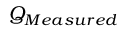
Q _ { M e a s u r e d } \,